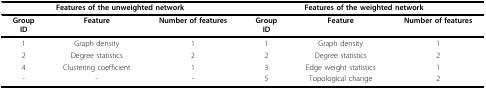
| <COLSPAN=3> Features of the unweighted network | <COLSPAN=3> Features of the weighted network |
 | --- | --- | --- | --- | --- | --- |
 | GroupID | Feature | Number of features | GroupID | Feature | Number of features |
 | 1 | Graph density | 1 | 1 | Graph density | 1 |
 | 2 | Degree statistics | 2 | 2 | Degree statistics | 2 |
 | 4 | Clustering coefficient | 1 | 3 | Edge weight statistics | 1 |
 | - | - | - | 5 | Topological change | 2 |